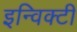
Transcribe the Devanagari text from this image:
इन्विक्टी